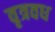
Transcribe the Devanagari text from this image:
वृत्रवध